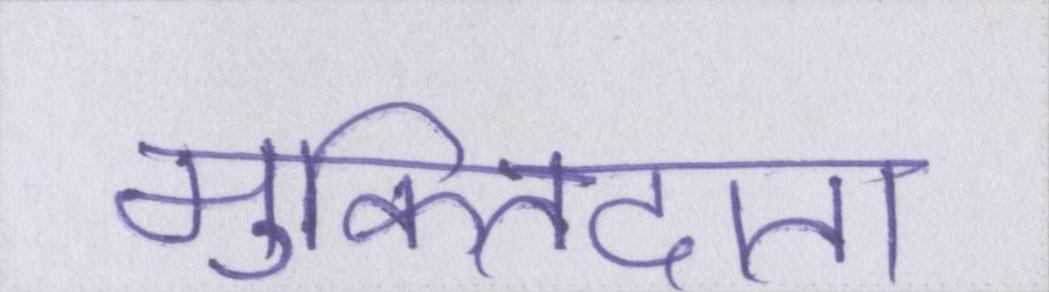
मुक्तिदाता